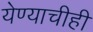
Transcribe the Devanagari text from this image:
येण्याचीही